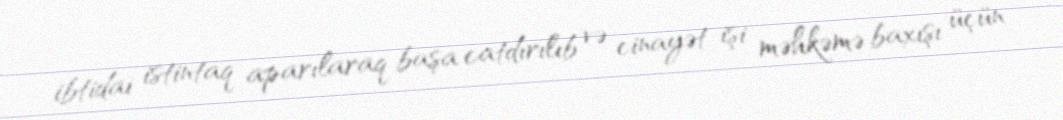
ibtidai istintaq aparılaraq başa catdırılıb və cinayət işi məhkəmə baxışı üçün